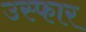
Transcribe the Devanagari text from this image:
उस्फार